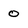
Character: 0